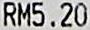
RM5.20